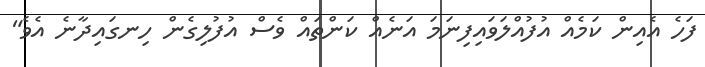
ފަހެ އެއިން ކަމެއް އުފުއްލަވައިފިނަމަ އަނެއް ކަންތައް ވެސް އުފުލިގެން ހިނގައިދާނެ އެވެ"